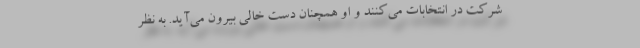
شرکت در انتخابات می‌کنند و او همچنان دست خالی بیرون می‌آید. به نظر